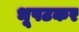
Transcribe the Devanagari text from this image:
भूपटकर